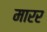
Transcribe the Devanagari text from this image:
मारर